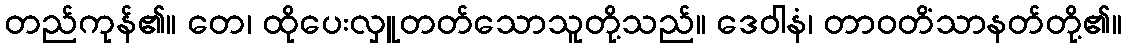
တည်ကုန်၏။ တေ၊ ထိုပေးလှူတတ်သောသူတို့သည်။ ဒေဝါနံ၊ တာဝတိံသာနတ်တို့၏။